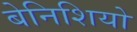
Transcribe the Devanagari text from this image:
बेनिशियो